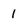
Character: 1